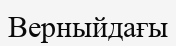
Верныйдағы